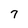
Character: 7